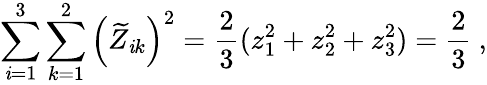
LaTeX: \sum_{\mathit{i}=1}^{3}\sum_{k=1}^{2}\left(\widetilde{{Z}}_{\mathit{i}k}\right)^{2}=\frac{{2}}{{3}}(z_{1}^{2}+z_{2}^{2}+z_{3}^{2})=\frac{{2}}{{3}}\ ,